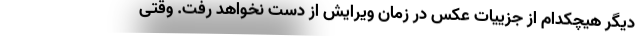
دیگر هیچکدام از جزییات عکس در زمان ویرایش از دست نخواهد رفت. وقتی